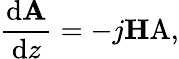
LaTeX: \frac{\mathrm{d}\mathrm{\mathbf A}}{\mathrm{d}z}=-j\mathrm{\mathbf HA,}